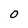
Character: 0